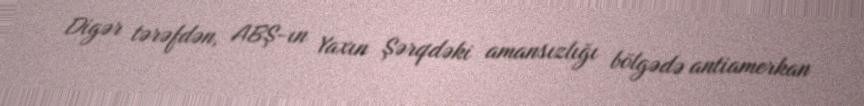
Digər tərəfdən, ABŞ-ın Yaxın Şərqdəki amansızlığı bölgədə antiamerkan